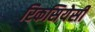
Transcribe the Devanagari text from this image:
रिकसियेसी